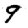
Digit: 9